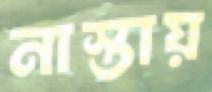
নাস্তায়